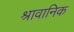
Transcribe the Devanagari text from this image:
श्रावानिक